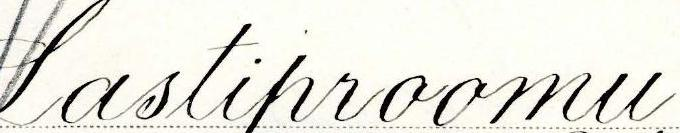
Lastiproomu